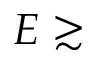
E \gtrsim